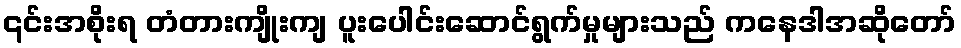
၎င်းအစိုးရ တံတားကျိုးကျ ပူးပေါင်းဆောင်ရွက်မှုများသည် ကနေဒါအဆိုတော်